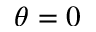
\theta = 0